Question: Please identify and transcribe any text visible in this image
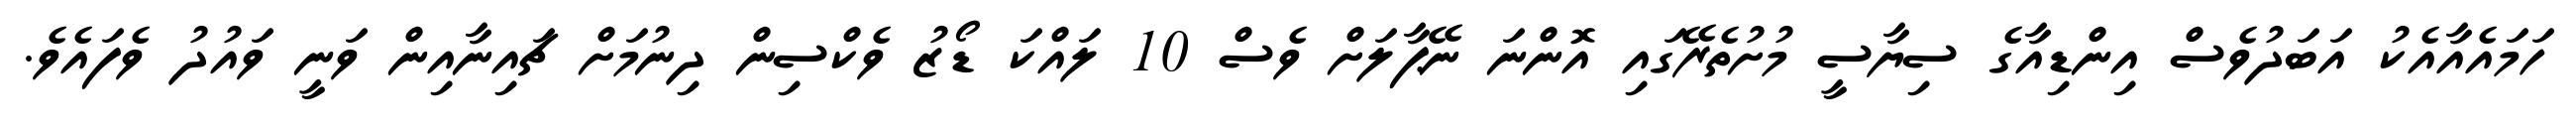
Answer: ހަމައެއާއެކު އަބަދުވެސް އިންޑިއާގެ ސިޔާސީ މުށުތެރޭގައި އޮންނަ ނޭޕާލަށް ވެސް 10 ލައްކަ ޑޯޒު ވެކްސިން ދިނުމަށް ޗައިނާއިން ވަނީ ވައުދު ވެފައެވެ.